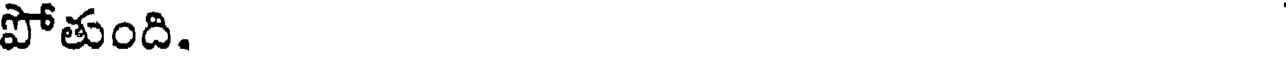
పోతుంది.